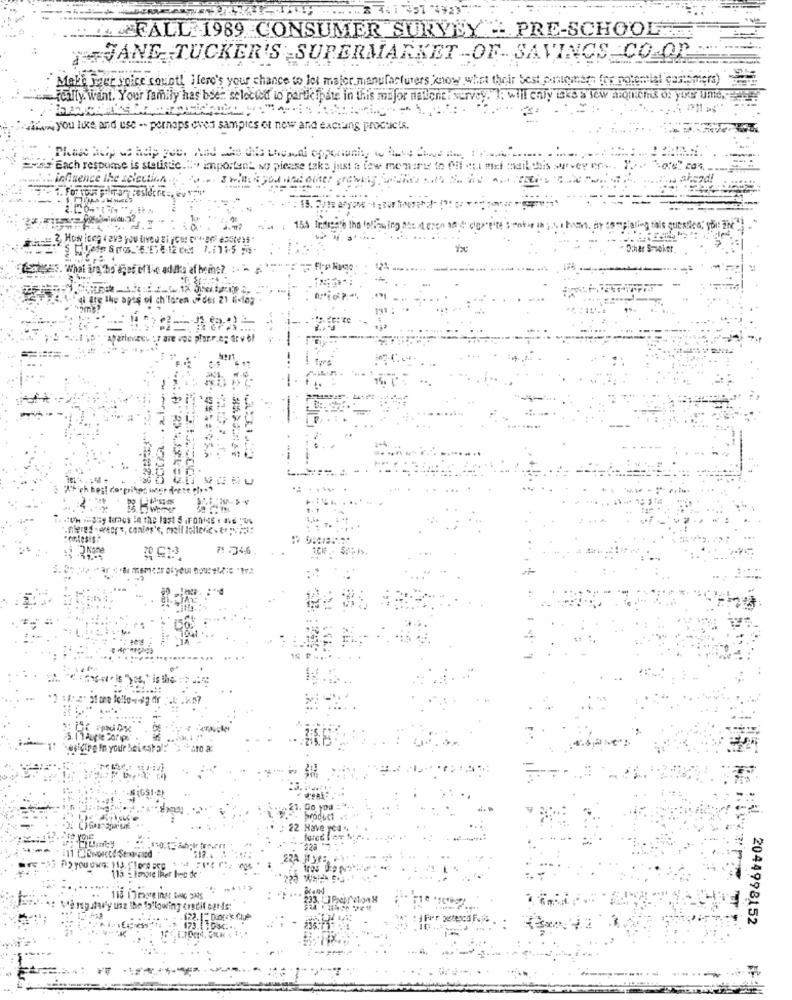
51 "4923"
FALL 1989 CONSUMER SURVEY - PRE-SCHOOL
JANE TUCKER'S SUPERMARKET -OF- SAVINGS CO.OD
Make fact voice count! Here's your chance to loi major manufacturers )know what their best pusicanben for potential camismers)
really want. Your family has been selected to participate in this major natione:
"as you like and use -- perhaps oves samples of new and eachung products.
Ewing Each rescome is statistic." important so please taks just a few menarte to Mit sui miei mail this survey of
..... influence the selection
For
154 Indiese tho to !!
n. ar :
. "What are tho des of tic adiks af beins ?.
= !
.niered users, condos's, weil bolleret:
20 013
71 :34,6
(GS1.2)
Do you
22 Have
113 17 mame In
Varspatwy une the following credit cards:
2044998152